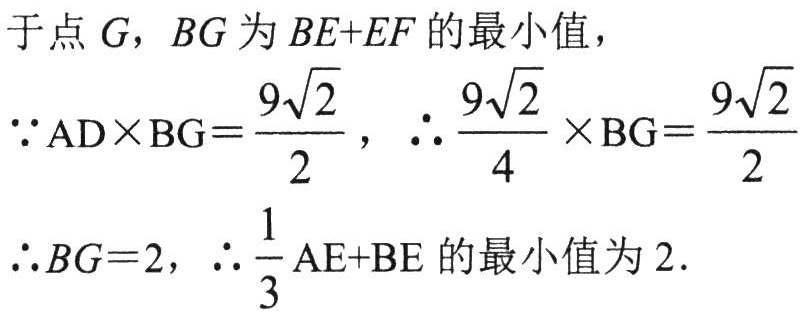
于点$G$，$BG$为$BE + EF$的最小值，
$\because \mathrm{AD}\times\mathrm{BG}=\dfrac{9\sqrt{2}}{2}$，$\therefore \dfrac{9\sqrt{2}}{4}\times\mathrm{BG}=\dfrac{9\sqrt{2}}{2}$
$\therefore BG = 2$，$\therefore \dfrac{1}{3}\mathrm{AE}+\mathrm{BE}$的最小值为$2$.